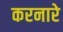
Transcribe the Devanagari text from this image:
करनारे